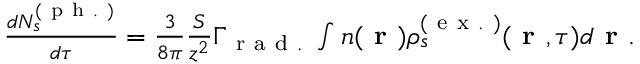
\begin{array} { r } { \frac { d N _ { s } ^ { ( \mathrm { ~ p ~ h ~ . ~ } ) } } { d \tau } = \frac { 3 } { 8 \pi } \frac { S } { z ^ { 2 } } \Gamma _ { \mathrm { ~ r ~ a ~ d ~ . ~ } } \int n ( \textbf { r } ) \rho _ { s } ^ { ( \mathrm { ~ e ~ x ~ . ~ } ) } ( \textbf { r } , \tau ) d \textbf { r } . } \end{array}